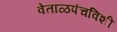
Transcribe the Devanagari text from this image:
वेताळपंचविशी